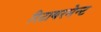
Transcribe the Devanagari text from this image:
रिटायरमेन्ट